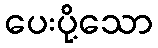
ပေးပို့သော